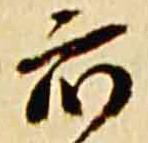
衆